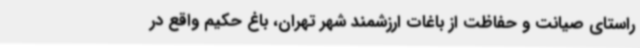
راستای صیانت و حفاظت از باغات ارزشمند شهر تهران، باغ حکیم واقع در